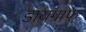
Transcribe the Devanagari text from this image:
डायग्राफ